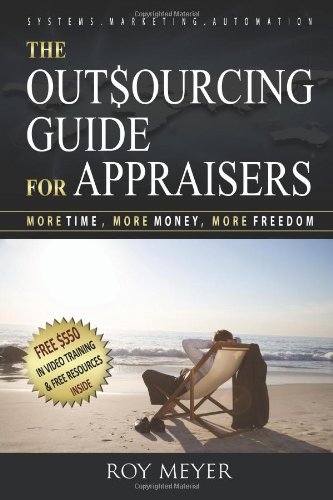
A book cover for The Outsourcing Guide for Appraisers: More Time, More Money, More Freedom; Roy Meyer; Business & Money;